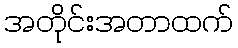
အတိုင်းအတာထက်